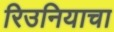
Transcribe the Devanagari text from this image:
रिउनियाचा